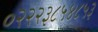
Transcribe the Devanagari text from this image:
०२२२३८५४८५३